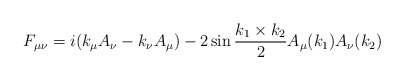
\begin{align*}F_{\mu \nu} = i (k_{\mu} A_{\nu} - k_{\nu} A_{\mu}) - 2 \sin \frac{k_1 \times k_2}{2} A_{\mu} (k_1) A_{\nu} (k_2)\end{align*}